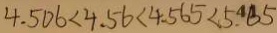
4 . 5 0 6 < 4 . 5 6 < 4 . 5 6 5 < 5 . 6 5